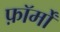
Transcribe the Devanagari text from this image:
फ़ॉर्मों